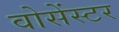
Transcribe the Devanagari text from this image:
वोसेंस्टर